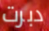
دبرت